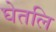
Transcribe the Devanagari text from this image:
घेतलि